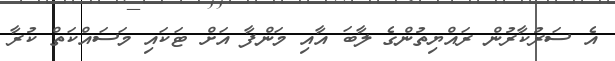
އެ ސަރުކާރުން ރައްޔިތުންގެ ލާބަ އާއި މަންފާ އަށް ޓަކައި މަަސައްކަތް ކުރާ